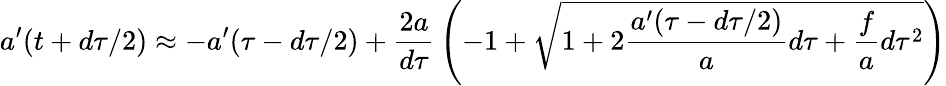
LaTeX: a^{\prime}(t+d\tau/2)\approx-a^{\prime}(\tau-d\tau/2)+{\frac{2a}{d\tau}}\left(-1+\sqrt{1+2{\frac{a^{\prime}(\tau-d\tau/2)}{a}}d\tau+{\frac{f}{a}}d\tau^{2}}\right)